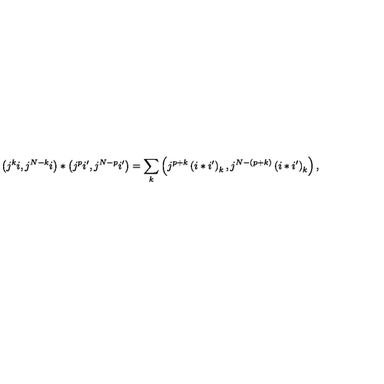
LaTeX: \left( j ^ { k } i , j ^ { N - k } i \right) \ast \left( j ^ { p } i ^ { \prime } , j ^ { N - p } i ^ { \prime } \right) = \sum _ { k } \left( j ^ { p + k } \left( i \ast i ^ { \prime } \right) _ { k } , j ^ { N - \left( p + k \right) } \left( i \ast i ^ { \prime } \right) _ { k } \right) ,